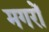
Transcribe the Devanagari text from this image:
मगरों